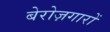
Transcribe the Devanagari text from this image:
बेरोज़गारों